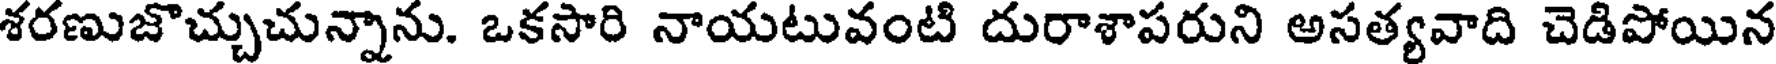
శరణుజొచ్చుచున్నాను. ఒకసారి నాయటువంటి దురాశాపరుని అసత్యవాది చెడిపోయిన